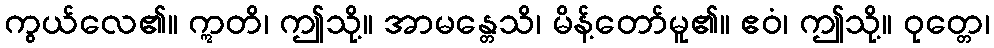
ကွယ်လေ၏။ ဣတိ၊ ဤသို့။ အာမန္တေသိ၊ မိန့်တော်မူ၏။ ဧဝံ၊ ဤသို့။ ဝုတ္တေ၊